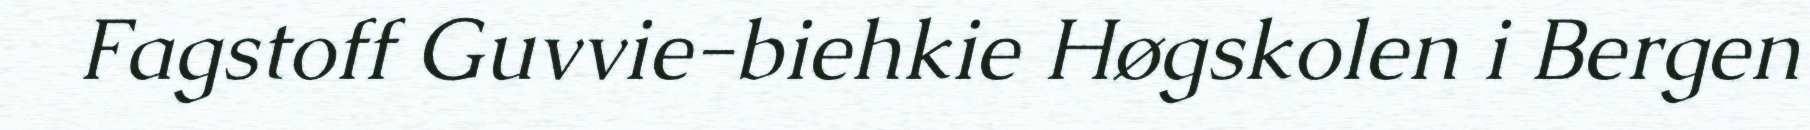
Fagstoff Guvvie-biehkie Høgskolen i Bergen